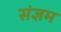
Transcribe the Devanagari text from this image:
संज्ञम